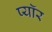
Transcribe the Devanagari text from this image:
प्यॉर